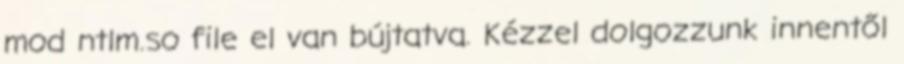
mod ntlm.so file el van bújtatva. Kézzel dolgozzunk innentől